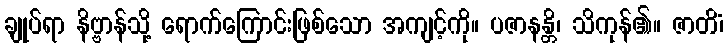
ချုပ်ရာ နိဗ္ဗာန်သို့ ရောက်ကြောင်းဖြစ်သော အကျင့်ကို။ ပဇာနန္တိ၊ သိကုန်၏။ ဇာတိံ၊